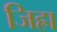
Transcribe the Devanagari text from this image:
जिह्रा